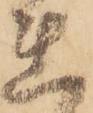
れ